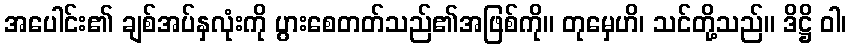
အပေါင်း၏ ချစ်အပ်နှလုံးကို ပွားစေတတ်သည်၏အဖြစ်ကို။ တုမှေဟိ၊ သင်တို့သည်။ ဒိဋ္ဌိ ဝါ၊